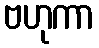
ဗဟုကာ